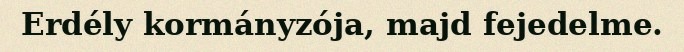
Erdély kormányzója, majd fejedelme.